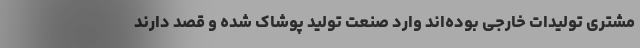
مشتری تولیدات خارجی بوده‌اند وارد صنعت تولید پوشاک شده و قصد دارند